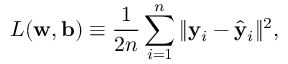
L ( \mathbf { w } , \mathbf { b } ) \equiv \frac { 1 } { 2 n } \sum _ { i = 1 } ^ { n } \| \mathbf { y } _ { i } - \hat { \mathbf { y } } _ { i } \| ^ { 2 } ,